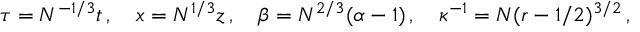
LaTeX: \tau = N ^ { - 1 / 3 } t \, , \quad x = N ^ { 1 / 3 } z \, , \quad \beta = N ^ { 2 / 3 } ( \alpha - 1 ) \, , \quad \kappa ^ { - 1 } = N ( r - 1 / 2 ) ^ { 3 / 2 } \, ,